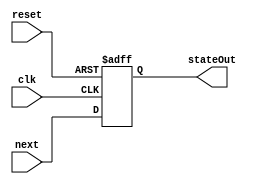
// Created by Jeevaka Dassanayake on 5/27/18.
//   Copyright (c) 2018 Jeevaka Dassanayake.

module DFFArray #( parameter N = 1 )( input clk, input reset, input [N-1:0] next, output [N-1:0] stateOut );

	reg [N-1:0] state;

	// State changes
	always @( posedge clk, posedge reset )
	begin
		if( reset )
			state <= 0;
		else
			state <= next;
	end

	assign stateOut = state;

endmodule